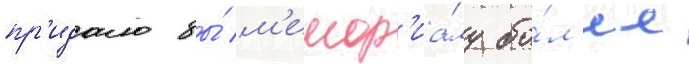
пр'идало бы́ м'емор'иа́лу бо́л'ее